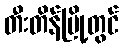
တီးတိန်မြို့တွင်